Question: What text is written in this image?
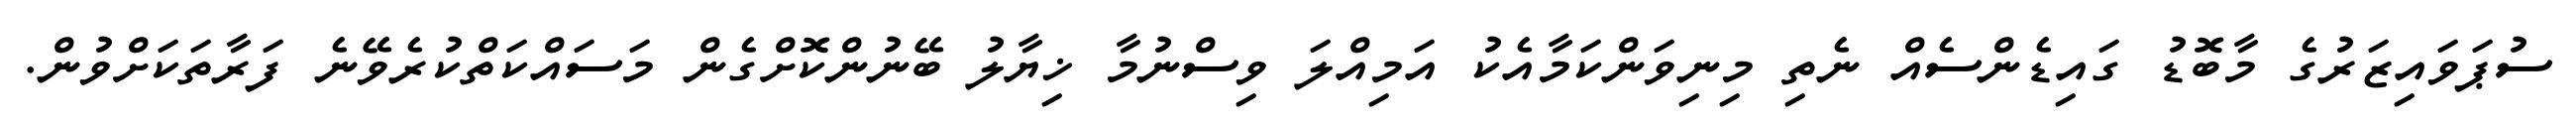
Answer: ސުޕަވައިޒަރުގެ މާބޮޑު ގައިޑެންސެއް ނެތި މިނިވަންކަމާއެކު އަމިއްލަ ވިސްނުމާ ޚިޔާލު ބޭނުންކޮށްގެން މަސައްކަތްކުރެވޭނެ ފަރާތަކަށްވުން.